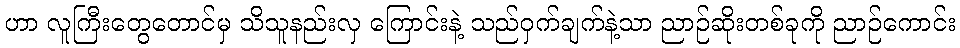
ဟာ လူကြီးတွေတောင်မှ သိသူနည်းလှ ကြောင်းနဲ့ သည်ဝှက်ချက်နဲ့သာ ညာဉ်ဆိုးတစ်ခုကို ညာဉ်ကောင်း